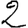
Digit: 2